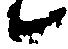
候